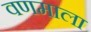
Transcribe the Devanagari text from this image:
वणमाला